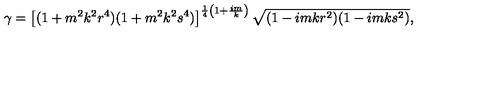
\gamma = \left[ ( 1 + m ^ { 2 } k ^ { 2 } r ^ { 4 } ) ( 1 + m ^ { 2 } k ^ { 2 } s ^ { 4 } ) \right] ^ { \frac { 1 } { 4 } \left( 1 + \frac { i m } { k } \right) } \sqrt { ( 1 - i m k r ^ { 2 } ) ( 1 - i m k s ^ { 2 } ) } ,